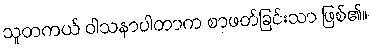
သူတကယ် ဝါသနာပါတာက စာဖတ်ခြင်းသာ ဖြစ်၏။